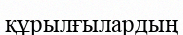
құрылғылардың